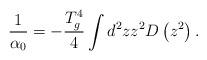
LaTeX: \begin{align*}\frac{1}{\alpha_0}=-\frac{T_g^4}{4}\int d^2zz^2D\left(z^2\right).\end{align*}